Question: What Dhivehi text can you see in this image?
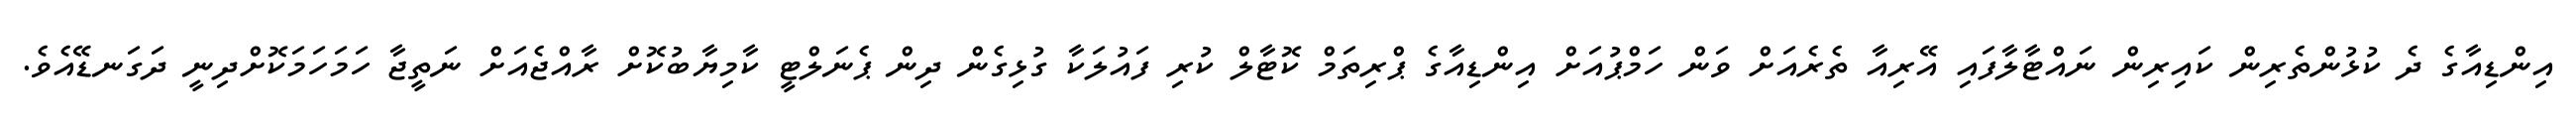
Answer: އިންޑިއާގެ ދެ ކުޅުންތެރިން ކައިރިން ނައްޓާލާފައި އޭރިއާ ތެރެއަށް ވަން ހަމްޕުއަށް އިންޑިއާގެ ޕްރިތަމް ކޮޓާލް ކުރި ފައުލަކާ ގުޅިގެން ދިން ޕެނަލްޓީ ކާމިޔާބުކޮށް ރާއްޖެއަށް ނަތީޖާ ހަމަހަމަކޮށްދިނީ ދަގަނޑޭއެވެ.